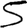
Digit: 5